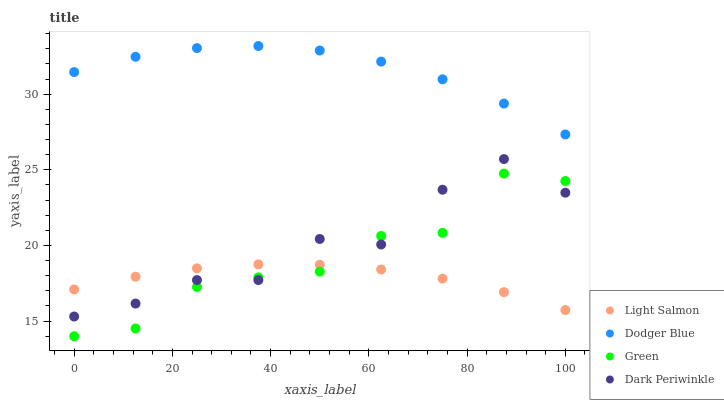
| xaxis_label | Light Salmon | Dodger Blue | Green | Dark Periwinkle |
 | --- | --- | --- | --- | --- |
 | 0 | 17.1 | 31.5 | 14 | 15.3 |
 | 12.5 | 17.9 | 32.5 | 14.5 | 16.2 |
 | 25 | 18.5 | 33 | 17.3 | 17.7 |
 | 37.5 | 18.8 | 33.2 | 17.9 | 17.7 |
 | 50 | 18.7 | 32.9 | 18.3 | 20.4 |
 | 62.5 | 18.4 | 32.2 | 20.6 | 20.1 |
 | 75 | 17.8 | 31 | 20.8 | 23.7 |
 | 87.5 | 16.9 | 29.4 | 24.8 | 25.7 |
 | 100 | 15.7 | 27.3 | 24.3 | 23.5 |